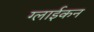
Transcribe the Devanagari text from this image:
ग्लाईकन